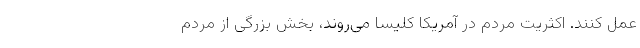
عمل کنند. اکثریت مردم در آمریکا کلیسا می‌روند، بخش بزرگی از مردم